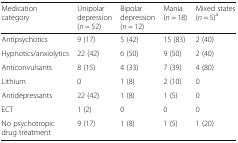
| Medication category | Unipolar depression (n = 52) | Bipolar depression (n = 12) | Mania (n = 18) | Mixed states (n = 5)a |
 | --- | --- | --- | --- | --- |
 | Antipsychotics | 9 (17) | 5 (42) | 15 (83) | 2 (40) |
 | Hypnotics/anxiolytics | 22 (42) | 6 (50) | 9 (50) | 2 (40) |
 | Anticonvulsants | 8 (15) | 4 (33) | 7 (39) | 4 (80) |
 | Lithium | 0 | 1 (8) | 2 (10) | 0 |
 | Antidepressants | 22 (42) | 1 (8) | 1 (5) | 0 |
 | ECT | 1 (2) | 0 | 0 | 0 |
 | No psychotropic drug treatment | 9 (17) | 1 (8) | 1 (5) | 1 (20) |